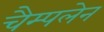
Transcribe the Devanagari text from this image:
चैम्पलेन